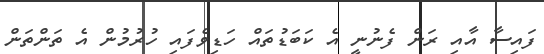
ފައިސާ އާއި ރަން ފެނުނީ އެ ކަބަޑުތައް ހަޑިވެފައި ހުރުމުން އެ ތަންތަން